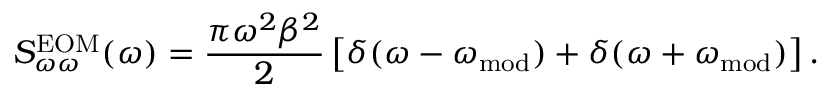
S _ { \omega \omega } ^ { \mathrm { E O M } } ( \omega ) = \frac { \pi \omega ^ { 2 } \beta ^ { 2 } } { 2 } \left[ \delta ( \omega - \omega _ { \mathrm { m o d } } ) + \delta ( \omega + \omega _ { \mathrm { m o d } } ) \right] .